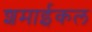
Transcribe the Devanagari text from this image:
शमाईकल